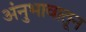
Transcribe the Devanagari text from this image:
अंनुभावातून